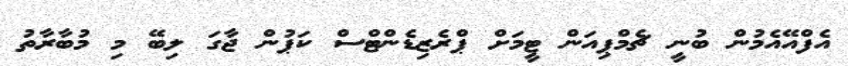
އެފްއޭއެމުން ބުނީ ޗެމްޕިއަން ޓީމަށް ޕްރެޒިޑެންޓްސް ކަޕުން ޖާގަ ލިބޭ މި މުބާރާތު